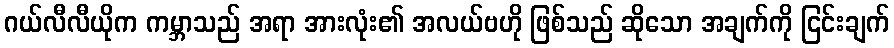
ဂယ်လီလီယိုက ကမ္ဘာသည် အရာ အားလုံး၏ အလယ်ဗဟို ဖြစ်သည် ဆိုသော အချက်ကို ငြင်းချက်